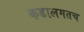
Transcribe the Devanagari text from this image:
कडालगतच